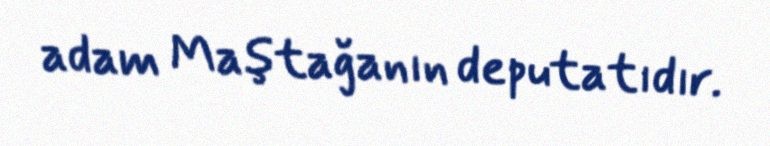
adam Maştağanın deputatıdır.